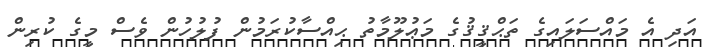
އަދި އެ މައްސަލައިގެ ތަޙްޤީޤުގެ މަޢުލޫމާތު ޙިއްސާކުރަމުން ފުލުހުން ވެސް މީގެ ކުރިން